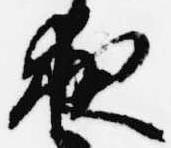
夜